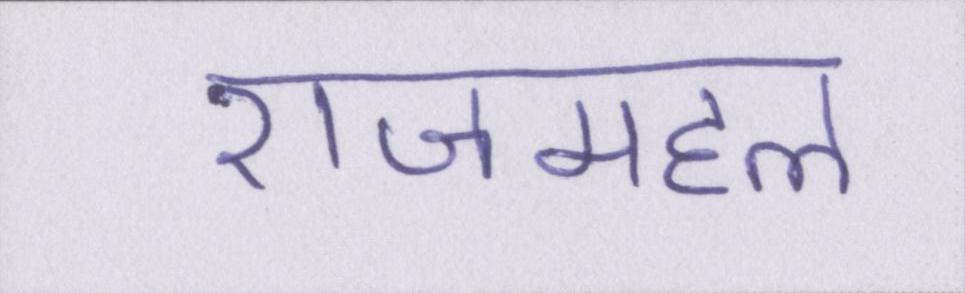
राजमहल